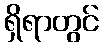
ရှိရာတွင်